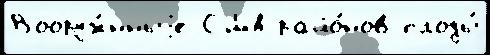
Вооруж́нныjе США райо́нов плоды́